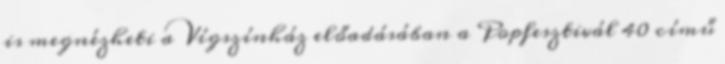
is megnézheti a Vígszínház előadásában a Popfesztivál 40 című